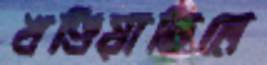
খণ্ডিয়াছিলে